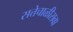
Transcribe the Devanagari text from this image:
सत्तेचाळीसवा